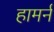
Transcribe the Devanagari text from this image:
हामर्न